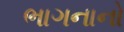
ભાગનાનો